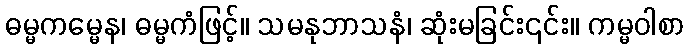
ဓမ္မကမ္မေန၊ ဓမ္မကံဖြင့်။ သမနုဘာသနံ၊ ဆုံးမခြင်း၎င်း။ ကမ္မဝါစာ